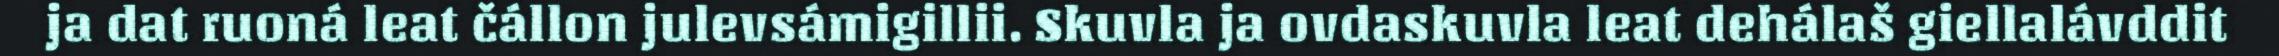
ja dat ruoná leat čállon julevsámigillii. Skuvla ja ovdaskuvla leat dehálaš giellalávddit